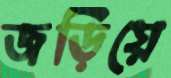
জড়িয়ে